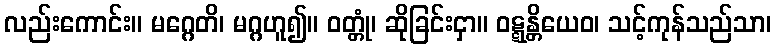
လည်းကောင်း။ မဂ္ဂေတိ၊ မဂ္ဂဟူ၍။ ဝတ္တုံ၊ ဆိုခြင်းငှာ။ ဝဋ္ဋန္တိယေဝ၊ သင့်ကုန်သည်သာ၊